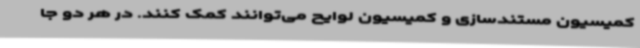
کمیسیون مستندسازی و کمیسیون لوایح می‌توانند کمک کنند. در هر دو جا